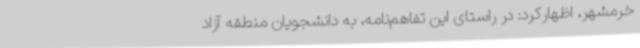
خرمشهر، اظهارکرد: در راستای این تفاهم‌نامه، به دانشجویان منطقه آزاد